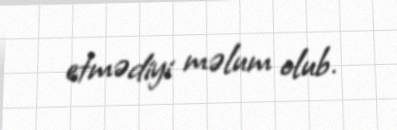
etmədiyi məlum olub.